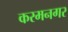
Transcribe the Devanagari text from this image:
करमनगर